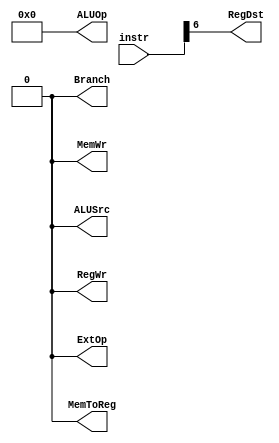
module control(instr, RegWr, RegDst, ExtOp, ALUSrc, ALUOp, Branch, MemWr, MemToReg); input [31:0] instr; output RegWr, RegDst, ExtOp, ALUSrc, Branch, MemWr, MemToReg; output [4:0] ALUOp; wire [31:0] instr; wire RegWr, RegDst, ExtOp, ALUSrc, Branch, MemWr, MemToReg; wire [4:0] ALUOp; assign MemToReg = 1'b0; assign MemWr = 1'b0; assign Branch = 1'b0; assign ALUOp[0] = 1'b0; assign ALUOp[1] = 1'b0; assign ALUOp[2] = 1'b0; assign ALUOp[3] = 1'b0; assign ALUOp[4] = 1'b0; assign ALUSrc = 1'b0; assign ExtOp = 1'b0; assign RegDst = instr[6]; assign RegWr = 1'b0; endmodule